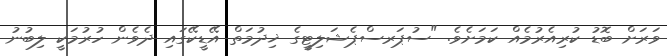
ވަރަށް ބޮޑު ކުރިއެރުމެއް ކަމަށެވެ. "ސުޕަރސްޕެޝަލިޓީގެ ޚިދުމަތް އޭޑީކޭގައި ދެވެން ހުރުމަކީ ލިބުނު